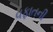
વફાતની